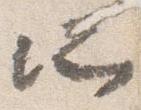
所